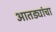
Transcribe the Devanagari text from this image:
आतड्यांचा